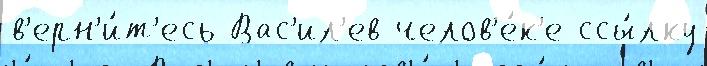
в'ерн'и́т'есь Вас'ил'ев челов'е́к'е ссы́лку